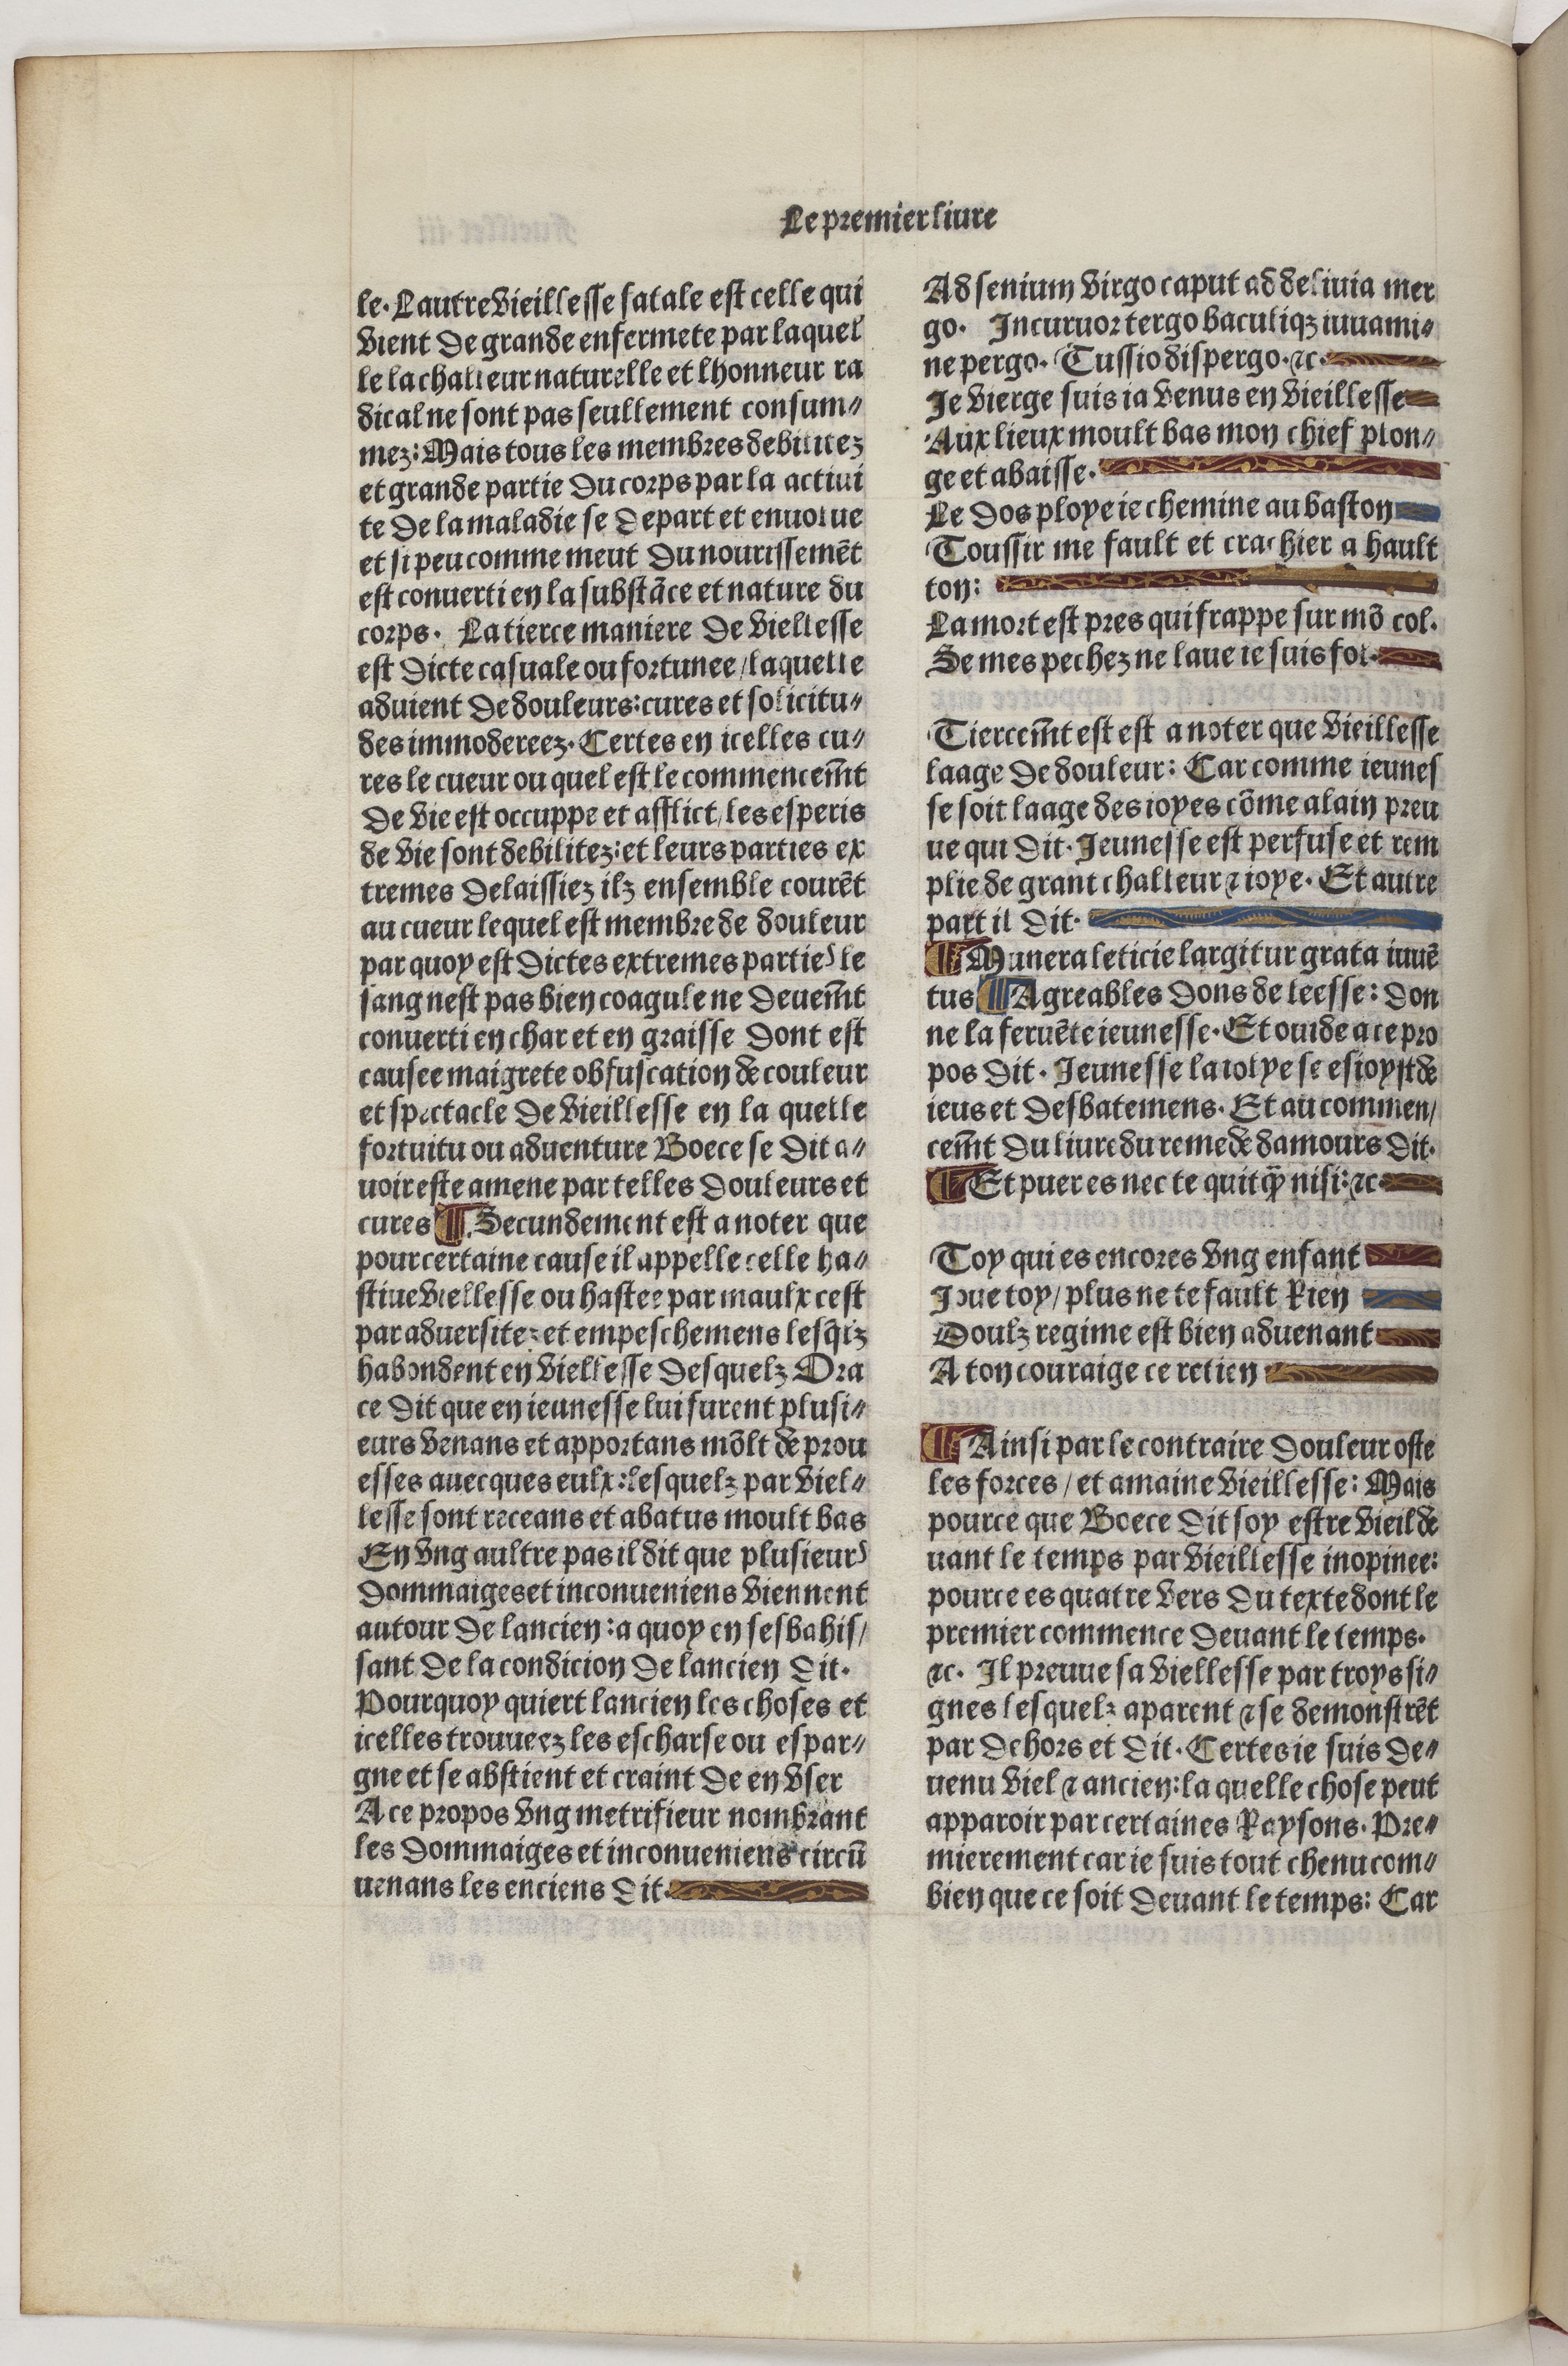
Shelfmark: Paris, BnF, Velins 488
Century: 15